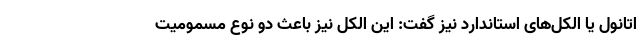
اتانول یا الکل‌های استاندارد نیز گفت: این الکل نیز باعث دو نوع مسمومیت